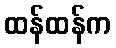
ထန်ထန်က